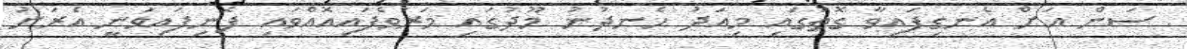
ސަން އަށް އެނގިފައިވާ ގޮތުގައި މިއަދު ހެނދުނު މޫދުގައި މަރުވެފައިއޮއްވައި ފެނިފައިވަނީ އެރަށު